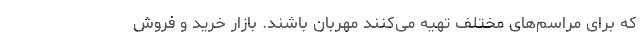
که برای مراسم‌های مختلف تهیه می‌کنند مهربان باشند. بازار خرید و فروش